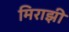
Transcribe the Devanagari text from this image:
मिराझी